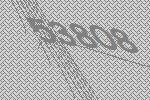
53808